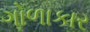
ગોળાકાર